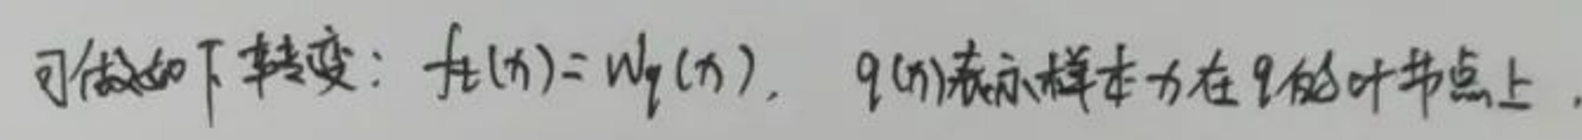
可做如下转变：$f_{t}(x)=w_{q}(x)$，$q(x)$表示样本$x$在$q$的叶节点上.